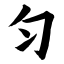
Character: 匀